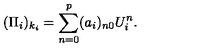
( \Pi _ { i } ) _ { k _ { i } } = \sum _ { n = 0 } ^ { p } ( a _ { i } ) _ { n 0 } U _ { i } ^ { n } .